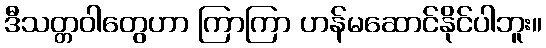
ဒီသတ္တဝါတွေဟာ ကြာကြာ ဟန်မဆောင်နိုင်ပါဘူး။